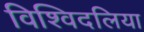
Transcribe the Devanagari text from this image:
विश्विदलिया